Vaccination in Burma 1920-1933 - 1920-1933
Year: 1920
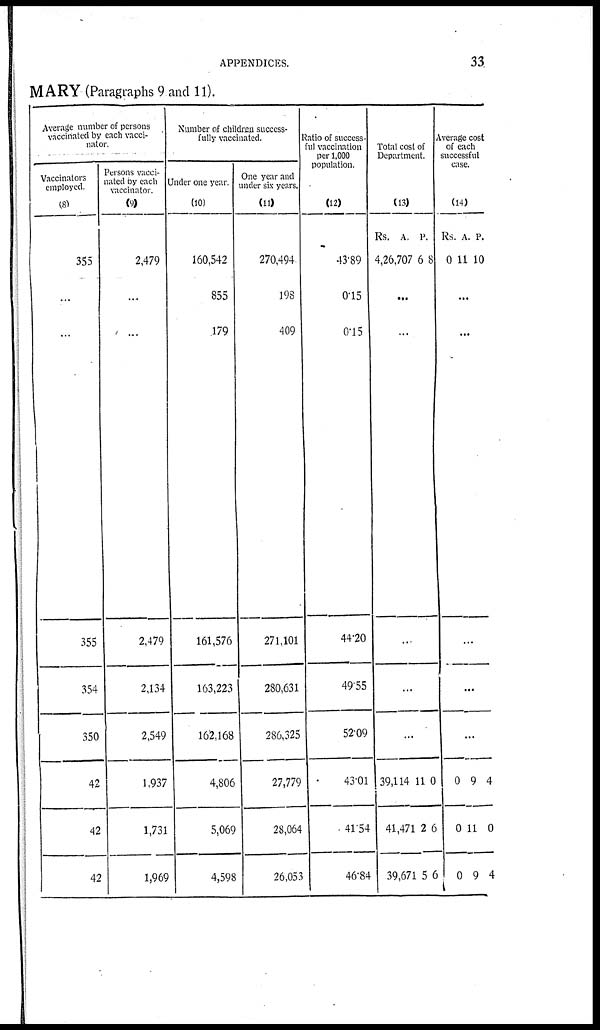
APPENDICES.
33
MARY (Paragraphs 9 and 11).
Average number of persons
vaccinated by each vacci-
nator.
Vaccinators
employed.
(8)
355
...
...
355
354
350
42
42
42
Persons vacci-
nated by each
vaccinator.
(9)
2,479
...
...
2,479
2,134
2,549
1,937
1,731
1,969
Number of children success-
fully vaccinated.
Under one year.
(10)
160,542
855
179
161,576
163,223
162,168
4,806
5,069
4,598
One year and
under six years.
(11)
270,494
198
409
271,101
280,631
286,325
27,779
28,064
26,053
Ratio of success-
ful vaccination
per 1,000
population.
(12)
43.89
0.15
0.15
44.20
49.55
52.09
43.01
41.54
46.84
Total cost of
Department.
(13)
Rs.
4,26,707
A.
6
P.
8
...
...
...
...
...
39,114
41,471
39,671
11
2
5
0
6
6
Average cost
of each
successful
case.
(14)
Rs.
0
A.
11
P.
10
...
...
...
...
...
0
3
0
9
11
9
4
0
4